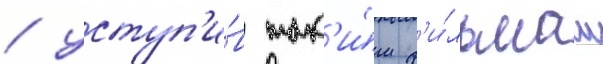
/ уступ'и́в так'и́м ф'и́льмам